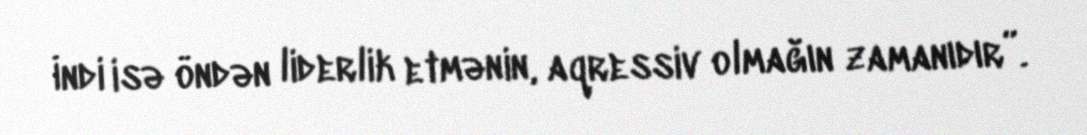
İndi isə öndən liderlik etmənin, aqressiv olmağın zamanıdır”.